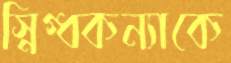
স্নিগ্ধকন্যাকে